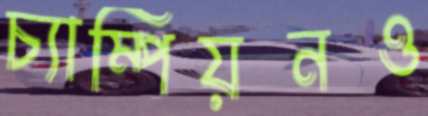
চ্যাম্পিয়নও